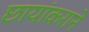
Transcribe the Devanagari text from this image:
छायांकराने